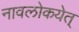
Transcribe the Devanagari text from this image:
नावलोकयेत्